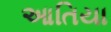
આતિયા